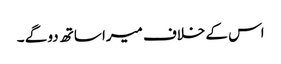
اس کے خلاف میرا ساتھ دو گے ۔